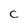
Character: C